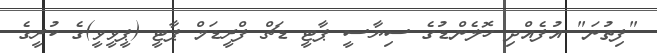
"ފިތުނަ" އުފެއްދި ހޮލެންޑުގެ ސިޔާސީ ޕާޓީ ޑަޗް ފްރީޑަމް ޕާޓީ (ޕީވީވީ)ގެ ކުރީގެ